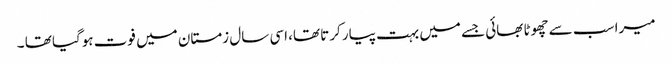
میرا سب سے چھوٹا بھائی جسے میں بہت پیار کرتا تھا، اسی سال زمستان میں فوت ہوگیا تھا ۔